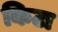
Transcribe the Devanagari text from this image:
किटा